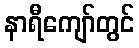
နာရီကျော်တွင်